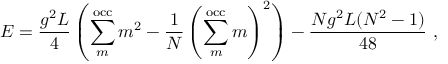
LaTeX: E = \frac { g ^ { 2 } L } { 4 } \left( \sum _ { m } ^ { \mathrm { o c c } } m ^ { 2 } - \frac { 1 } { N } \left( \sum _ { m } ^ { \mathrm { o c c } } m \right) ^ { 2 } \right) - \frac { N g ^ { 2 } L ( N ^ { 2 } - 1 ) } { 4 8 } \ ,